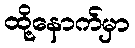
ထို့နောက်မှာ